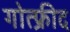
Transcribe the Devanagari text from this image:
गोत्फ्रीद